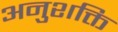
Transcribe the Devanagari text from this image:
अनुशक्ति